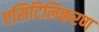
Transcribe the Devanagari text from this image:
एसिटिलिकरण